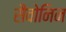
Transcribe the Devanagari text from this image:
सैवोनिन